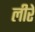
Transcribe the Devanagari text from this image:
लीरे